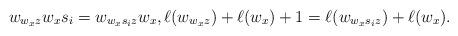
LaTeX: \begin{align*}w_{w_{x}z}w_{x}s_{i}=w_{w_{x}s_{i}z}w_{x}, \ell(w_{w_{x}z})+\ell(w_{x})+1=\ell(w_{w_{x}s_{i}z})+\ell(w_{x}). \end{align*}